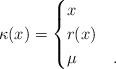
LaTeX: \begin{align*}\kappa(x) = \begin{cases}x & \\r(x) & \\\mu &.\end{cases}\end{align*}